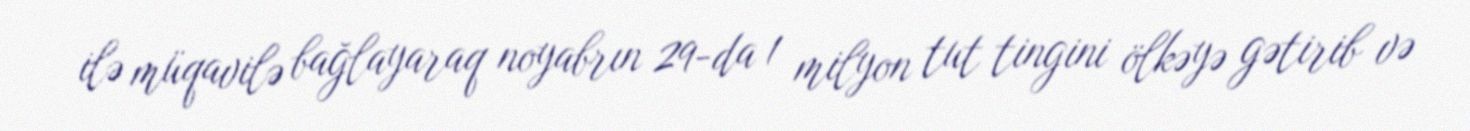
ilə müqavilə bağlayaraq noyabrın 29-da 1 milyon tut tingini ölkəyə gətirib və